Scottish Leaving Certificate Examination, 1954
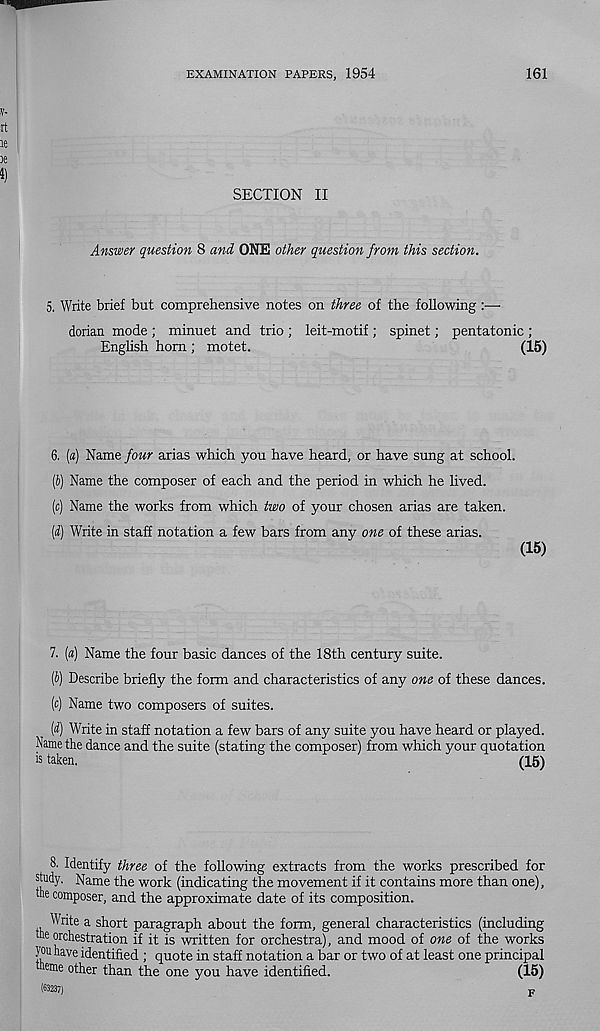
EXAMINATION PAPERS, 1954
161
SECTION II
Answer question 8 and ONE other question from this section.
5, Write brief but comprehensive notes on three of the following :—
dorian mode ; minuet and trio ; leit-motif ; spinet; pentatonic ;
English horn ; motet.
(15)
6. («) Name four arias which you have heard, or have sung at school.
[i) Name the composer of each and the period in which he lived.
(c) Name the works from which two of your chosen arias are taken.
(d) Write in staff notation a few bars from any one of these arias.
(15)
7. (a) Name the four basic dances of the 18th century suite.
(i) Describe briefly the form and characteristics of any one of these dances.
(c) Name two composers of suites.
(d) Write in staff notation a few bars of any suite you have heard or played.
Name the dance and the suite (stating the composer) from which your quotation
is taken.
(15)
8. Identify three of the following extracts from the works prescribed for
study. Name the work (indicating the movement if it contains more than one),
the composer, and the approximate date of its composition.
Write a short paragraph about the form, general characteristics (including
the orchestration if it is written for orchestra), and mood of one of the works
you have identified ; quote in staff notation a bar or two of at least one principal
heme other than the one you have identified.
(15)
(63237)
F